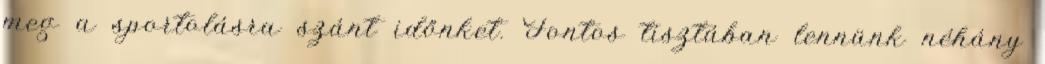
meg a sportolásra szánt időnket. Fontos tisztában lennünk néhány